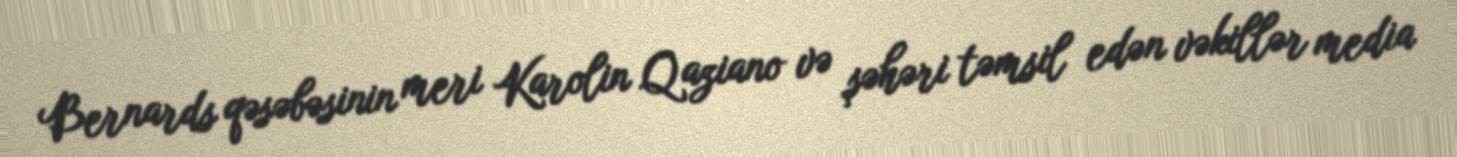
Bernards qəsəbəsinin meri Karolin Qaziano və şəhəri təmsil edən vəkillər media